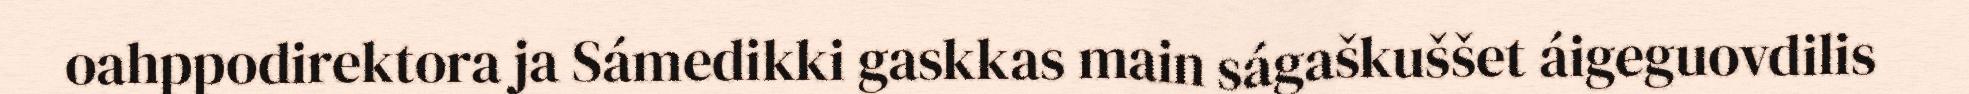
oahppodirektora ja Sámedikki gaskkas main ságaškuššet áigeguovdilis